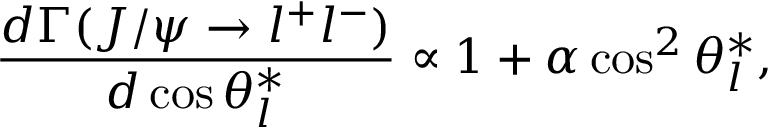
\frac { d \Gamma ( J / \psi \rightarrow l ^ { + } l ^ { - } ) } { d \cos \theta _ { l } ^ { * } } \propto 1 + \alpha \cos ^ { 2 } \theta _ { l } ^ { * } ,